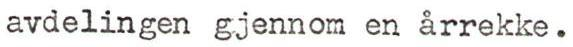
avdelingen gjennom en årrekke.